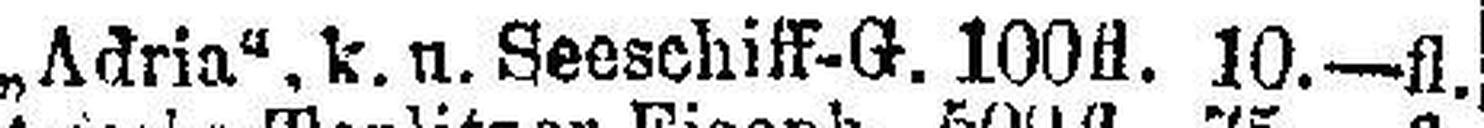
„Adria“, k. u. Seeschiif-G. 100 fl, 10—fl.